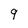
Character: 9